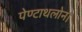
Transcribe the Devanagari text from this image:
पेण्टाथलोन।